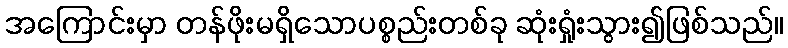
အကြောင်းမှာ တန်ဖိုးမရှိသောပစ္စည်းတစ်ခု ဆုံးရှုံးသွား၍ဖြစ်သည်။